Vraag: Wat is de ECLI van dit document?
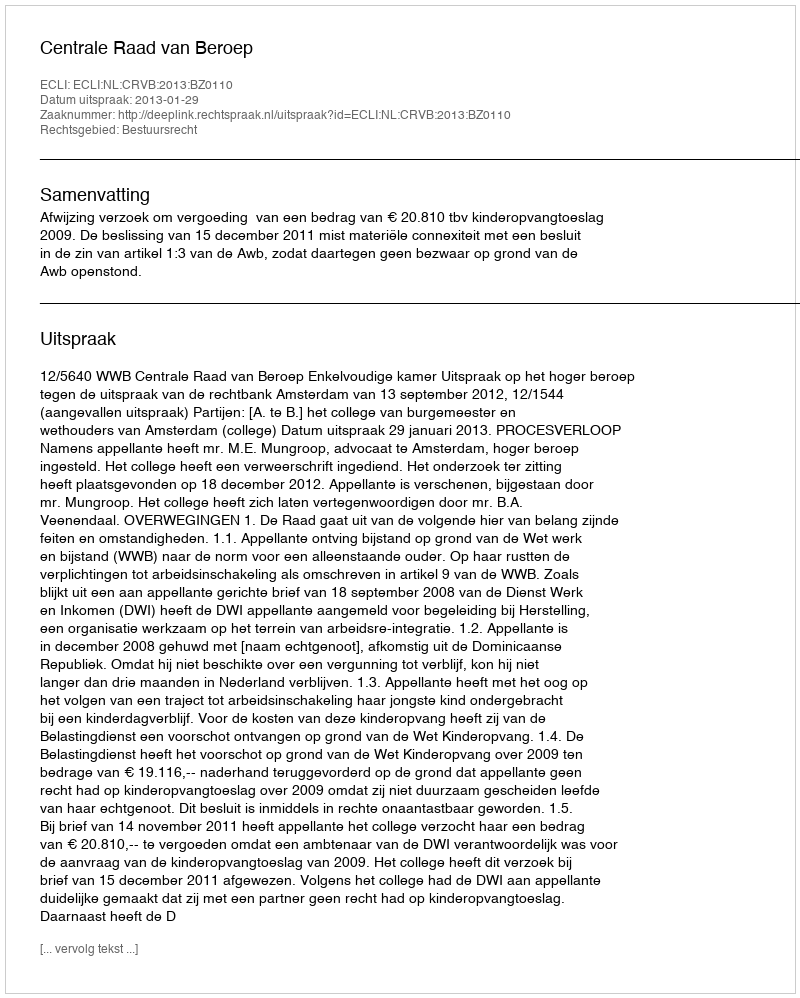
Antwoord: ECLI:NL:CRVB:2013:BZ0110